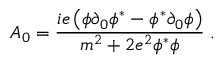
A _ { 0 } = { \frac { i e \left( \phi \partial _ { 0 } \phi ^ { * } - \phi ^ { * } \partial _ { 0 } \phi \right) } { m ^ { 2 } + 2 e ^ { 2 } \phi ^ { * } \phi } } \; .